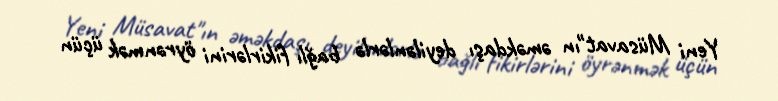
Yeni Müsavat"ın əməkdaşı deyilənlərlə bağlı fikirlərini öyrənmək üçün